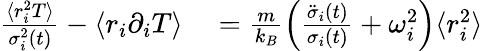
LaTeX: \begin{array}{rl}{\frac{\langle r_{i}^{2}T\rangle}{\sigma_{i}^{2}(t)}-\langle r_{i}\partial_{i}T\rangle}&{{}=\frac{m}{k_{B}}\left(\frac{\ddot{\sigma}_{i}(t)}{\sigma_{i}(t)}+\omega_{i}^{2}\right)\langle r_{i}^{2}\rangle}\end{array}